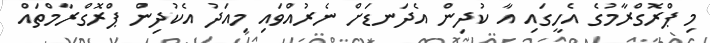
މި ޕްރޮގްރާމުގެ އެހީގައި އާ ކުދިން އެދަނޑަށް ނެރުއްވައި މިއަދު އެކުދިން ޕްރޮގްރާމްތައް